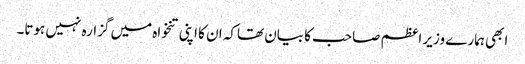
ابھی ہمارے وزیر اعظم صاحب کا بیان تھاکہ ان کا اپنی تنخواہ میں گزارہ نہیں ہوتا۔